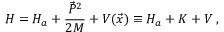
H = H _ { a } + \frac { \vec { P } ^ { 2 } } { 2 M } + V ( \vec { x } ) \equiv H _ { a } + K + V \; ,